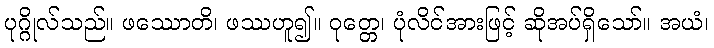
ပုဂ္ဂိုလ်သည်။ ဖဿောတိ၊ ဖဿဟူ၍။ ဝုတ္တေ၊ ပုံလိင်အားဖြင့် ဆိုအပ်ရှိသော်။ အယံ၊